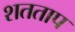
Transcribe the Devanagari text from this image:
शतताप